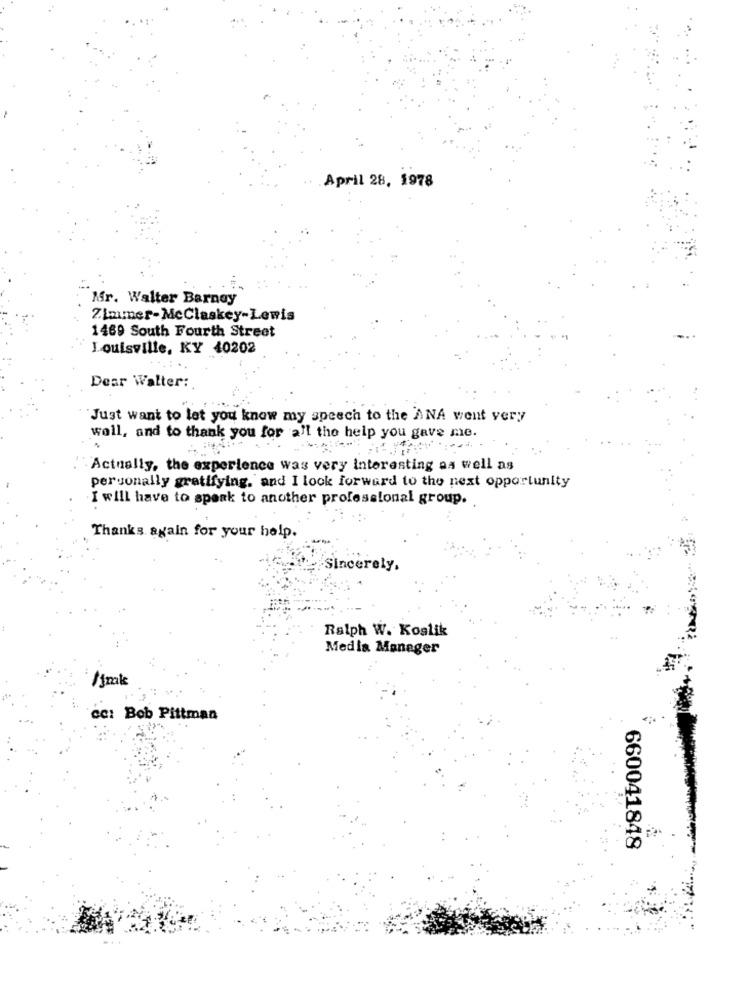
April 28, 1978
Mr. Walter Barnay
2.Lamer-MeClaskey-Lewis
1469 South Fourth Street
Louisville, KY 40202
Dear Walter:
Just want to let you know my speech to the ANA went very
wall, and to thank you for all the help you gave me.
Actually, the experience was very Interesting as well as
personally gratifying, and I look forward to the next opportunity
I will have to speak to another professional group.
Thanks again for your help.
Sincerely,
Ralph W. Koslik
Media Manager
cc: Bob Pittman
660041848